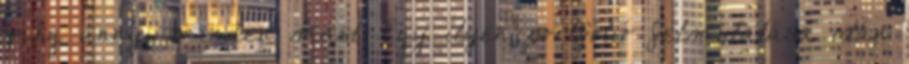
még annyi minden mást. Egy ilyen portfólió felmutatása után